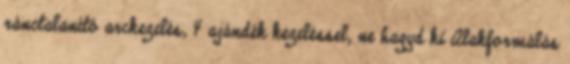
ránctalanító arckezelés, 4 ajándék kezeléssel, ne hagyd ki Alakformálás